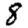
Digit: 8